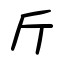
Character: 斤